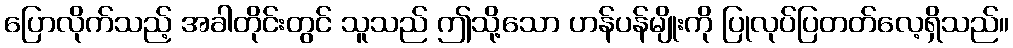
ပြောလိုက်သည့် အခါတိုင်းတွင် သူသည် ဤသို့သော ဟန်ပန်မျိုးကို ပြုလုပ်ပြတတ်လေ့ရှိသည်။